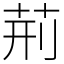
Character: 荊